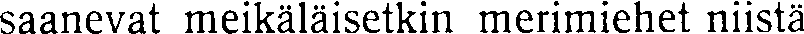
saanevat meikäläisetkin merimiehet niistä